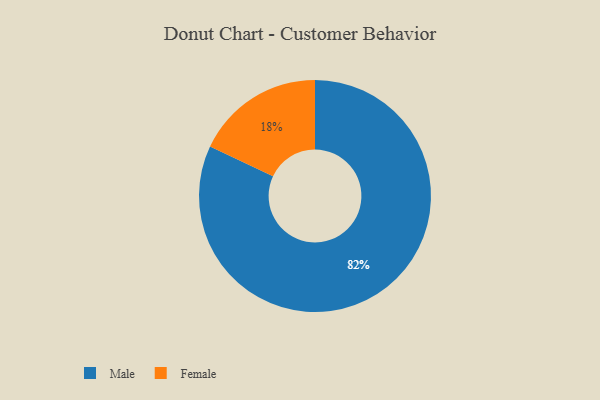
{"axis": {"x": "Category", "y": "Percentage"}, "legend": ["Female", "Male"], "data": [{"x": "Female", "y": 18, "type": "Female"}, {"x": "Male", "y": 82, "type": "Male"}]}